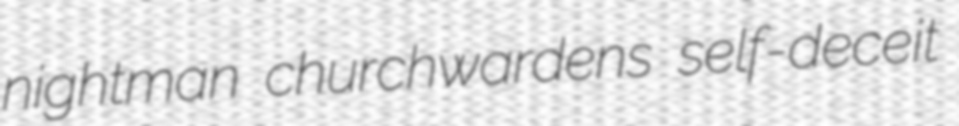
nightman churchwardens self-deceit